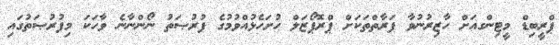
ޕްރީބިޑް މީޓިންގއަށް ހާޒިރުނުވާ ފަރާތްތަކަށް ޕްރޮޕޯޒަލް ހުށަހެޅުއްވުމުގެ ފުރުޞަތު ނޯންނާނެ ވާހަކަ މިފުރުޞަތުގައި